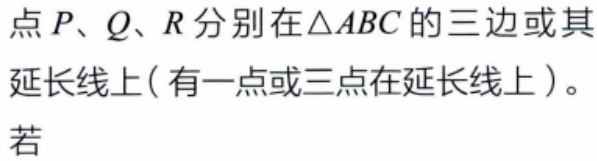
点\(P、Q、R\)分别在\(\triangle ABC\)的三边或其延长线上( 有一点或三点在延长线上 )。若